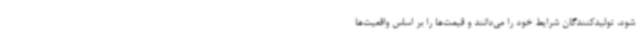
شود، تولیدکنندگان شرایط خود را می‌دانند و قیمت‌ها را بر اساس واقعیت‌ها